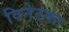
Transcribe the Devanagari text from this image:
विनेटका